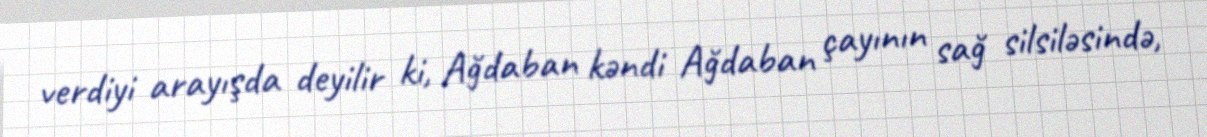
verdiyi arayışda deyilir ki, Ağdaban kəndi Ağdaban çayının sağ silsiləsində,